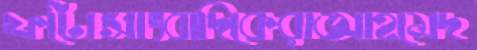
ফটোসাংবাদিকেরাআহমেদ